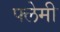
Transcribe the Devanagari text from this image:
फ्लेमी